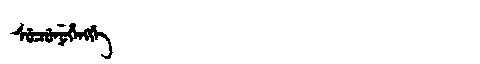
Manchu: ᠰᡠᠴᡠᠨᡠᡥᡝᠩᡤᡝ
Romanization: SUCUNUHENGGE